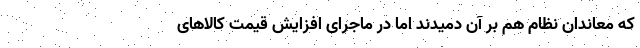
که معاندان نظام هم بر آن دمیدند اما در ماجرای افزایش قیمت کالاهای